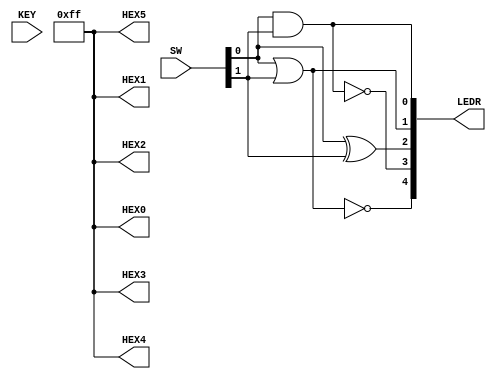

//=======================================================
//  This code is generated by Terasic System Builder
//=======================================================

module LAB1(

	//////////// SEG7 //////////
	output		     [7:0]		HEX0,
	output		     [7:0]		HEX1,
	output		     [7:0]		HEX2,
	output		     [7:0]		HEX3,
	output		     [7:0]		HEX4,
	output		     [7:0]		HEX5,

	//////////// KEY //////////
	input 		     [1:0]		KEY,

	//////////// LED //////////
	output		     [9:0]		LEDR,

	//////////// SW //////////
	input 		     [9:0]		SW
	

);



//=======================================================
//  REG/WIRE declarations
//=======================================================




//=======================================================
//  Structural coding
//=======================================================

// Turn off 7 -Segment Display:
assign HEX0 = 8'b11111111;

assign HEX1 = 8'b11111111;

assign HEX2 = 8'b11111111;

assign HEX3 = 8'b11111111;

assign HEX4 = 8'b11111111;

assign HEX5 = 8'b11111111;

//AND gate 
assign LEDR[0] = SW[0] & SW[1];

//OR gate 
assign LEDR[1] = SW[0] | SW[1];

//XOR gate 
assign LEDR[2] = SW[0] ^ SW[1];

//NAND gate 
assign LEDR[3] = ~(SW[0] & SW[1]);

//NOR gate 
assign LEDR[4] = ~(SW[0] | SW[1]);


endmodule